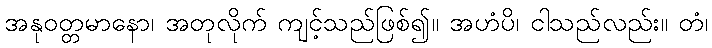
အနုဝတ္တမာနော၊ အတုလိုက် ကျင့်သည်ဖြစ်၍။ အဟံပိ၊ ငါသည်လည်း။ တံ၊